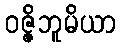
ဝဇ္ဇိဘူမိယာ